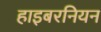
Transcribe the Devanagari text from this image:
हाइबरनियन